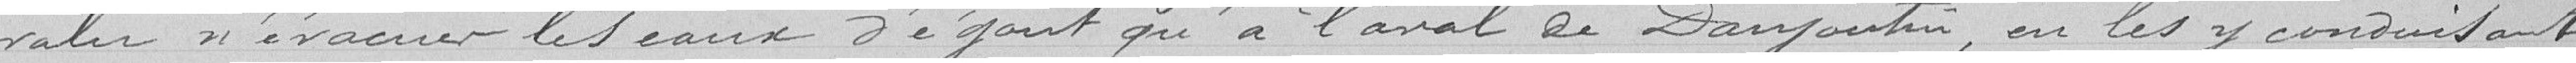
valu n'évacuer les eaux d'égoût qu'à l'aval de Danjoutin, en les y conduisant